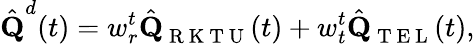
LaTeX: \hat{\textbf{Q}}^{d}(t)=w_{r}^{t}\hat{\textbf{Q}}_{\mathrm{~R~K~T~U~}}(t)+w_{t}^{t}\hat{\textbf{Q}}_{\mathrm{~T~E~L~}}(t),